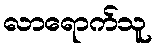
လာရောက်သူ